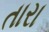
તારા